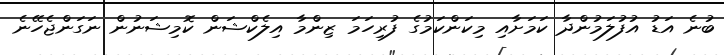
ބުނެ އަޑު އުފުލަމުންދާ ކަމަށާއި މިކަންކަމުގެ ފުރިހަމަ ޒިންމާ އިލެކްޝަން ކޮމިޝަނުން ނަގަންޖެހޭނެ